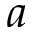
a